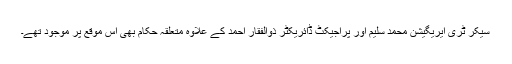
سیکر ٹری ایریگیشن محمد سلیم اور پراجیکٹ ڈائریکٹر ذوالفقار احمد کے علاوہ متعلقہ حکام بھی اس موقع پر موجود تھے۔